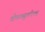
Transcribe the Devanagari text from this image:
वोकाब्युलरियम्